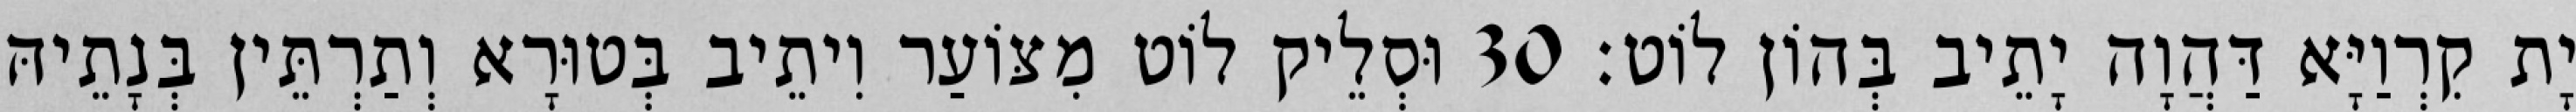
יָת קִרְוַיָּא דַּהֲוָה יָתֵיב בְּהוֹן לוֹט׃ 30 וּסְלֵיק לוֹט מִצּוֹעַר וִיתֵיב בְּטוּרָא וְתַרְתֵּין בְּנָתֵיהּ